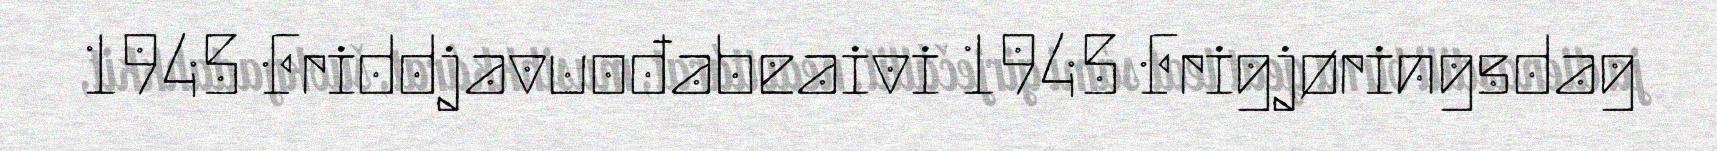
1945 Friddjavuođabeaivi 1945 Frigjøringsdag